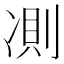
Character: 𠗧